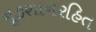
નૂકશાનરહિત